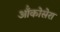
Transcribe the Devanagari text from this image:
ऑंकोसेरा